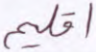
اقليم